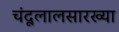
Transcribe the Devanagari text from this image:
चंदूलालसारख्या